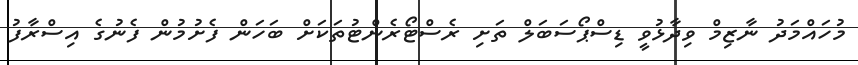
މުހައްމަދު ނާޒިމް ވިދާޅުވީ ޑިސްޕޯސަބަލް ތަށި ރެސްޓޯރެންޓުތަކަށް ބަހަން ފެށުމުން ފެނުގެ އިސްރާފު